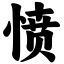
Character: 愤